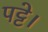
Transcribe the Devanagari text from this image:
पट्टे।